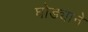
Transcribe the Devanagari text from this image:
घोड्याने